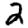
Digit: 2